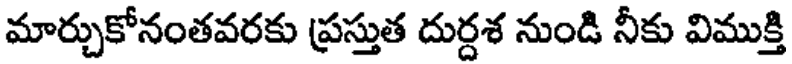
మార్చుకోనంతవరకు ప్రస్తుత దుర్దశ నుండి నీకు విముక్తి